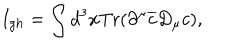
I _ { g h } = \int d ^ { 3 } x \mathrm { T r } ( \partial ^ { \mu } \overline { { { c } } } D _ { \mu } c ) ,